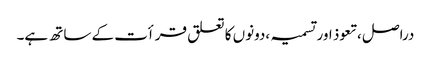
دراصل ،تعوذ اور تسمیہ ،دونوں کا تعلق قرأت کے ساتھ ہے۔